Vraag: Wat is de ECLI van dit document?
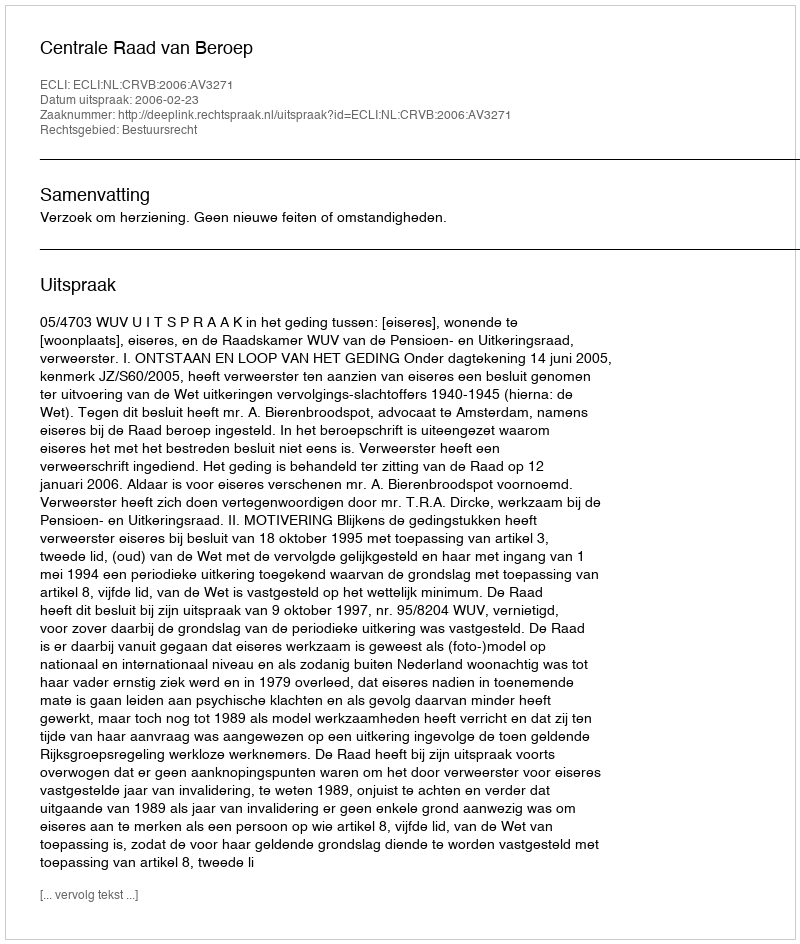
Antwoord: ECLI:NL:CRVB:2006:AV3271